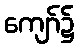
ကျော်၌